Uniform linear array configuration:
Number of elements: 24
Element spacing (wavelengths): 0.75
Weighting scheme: hann
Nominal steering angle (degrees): -45
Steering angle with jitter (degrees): -43.325
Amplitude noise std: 0.05
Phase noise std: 0.05

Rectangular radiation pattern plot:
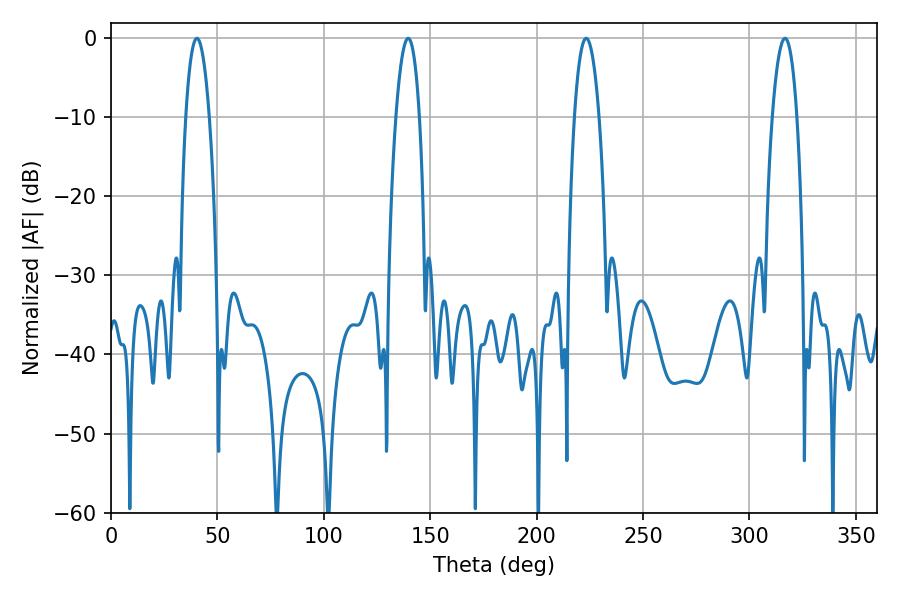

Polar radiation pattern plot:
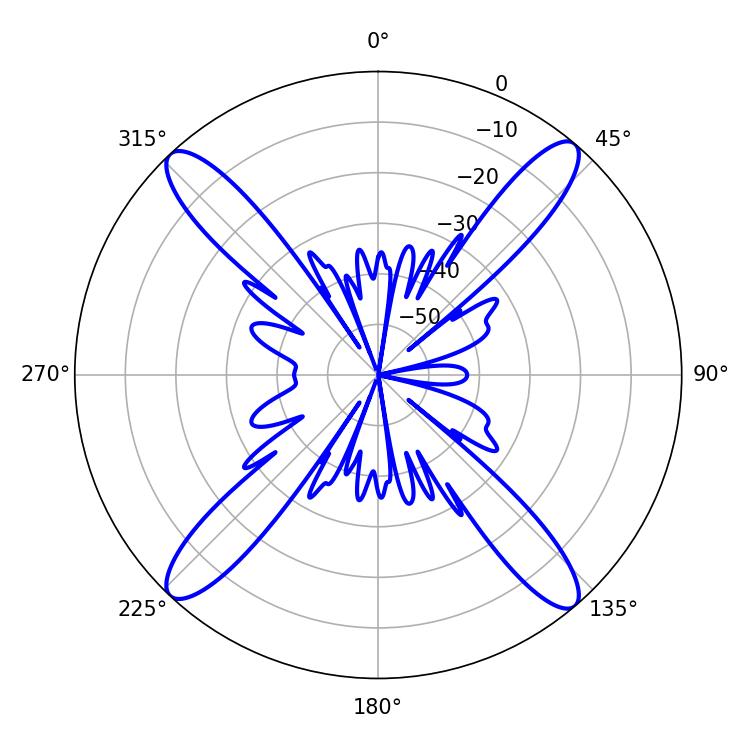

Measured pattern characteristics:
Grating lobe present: TRUE
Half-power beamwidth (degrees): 6.12
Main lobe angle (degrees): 40.32